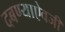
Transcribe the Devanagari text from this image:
दबण्याऐवजी